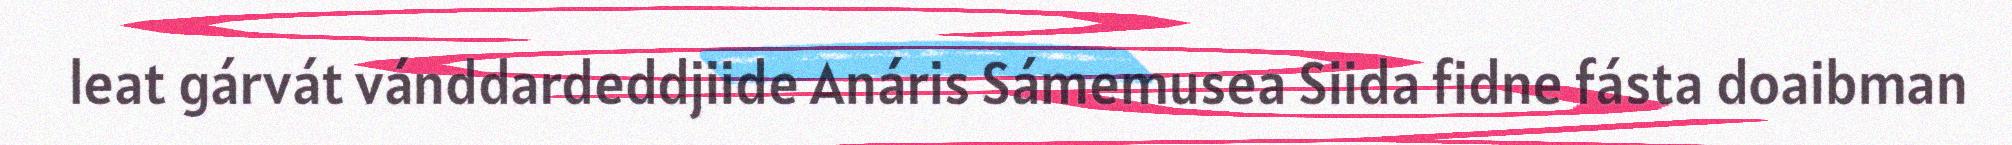
leat gárvát vánddardeddjiide Anáris Sámemusea Siida fidne fásta doaibman